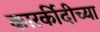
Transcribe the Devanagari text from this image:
कारर्कीदीच्या